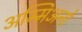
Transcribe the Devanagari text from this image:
अम्मिअनो